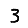
Digit: 3